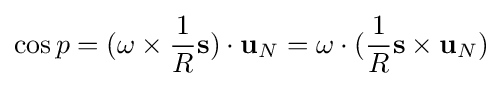
\cos p=(\mathbf {\omega } \times {\frac {1}{R}}\mathbf {s} )\cdot \mathbf {u} _{N}=\omega \cdot ({\frac {1}{R}}\mathbf {s} \times \mathbf {u} _{N})